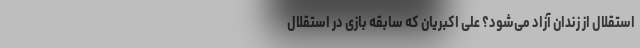
استقلال از زندان آزاد می‌شود؟ علی اکبریان که سابقه بازی در استقلال